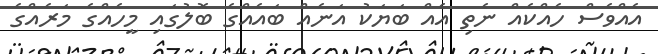
އެއްވެސް ހެއްކެއް ނެތި އެއް ބަޔަކު އަނެއް ބައެއްގެ ބޮލުގައި މީހެއްގެ މަރެއްގެ